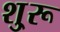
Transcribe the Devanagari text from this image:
शु्रू